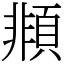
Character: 䫍